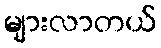
များလာတယ်